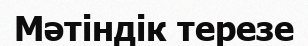
Мәтіндік терезе